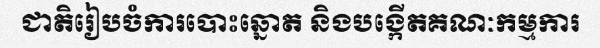
ជាតិរៀបចំការបោះឆ្នោត និងបង្កើតគណៈកម្មការ